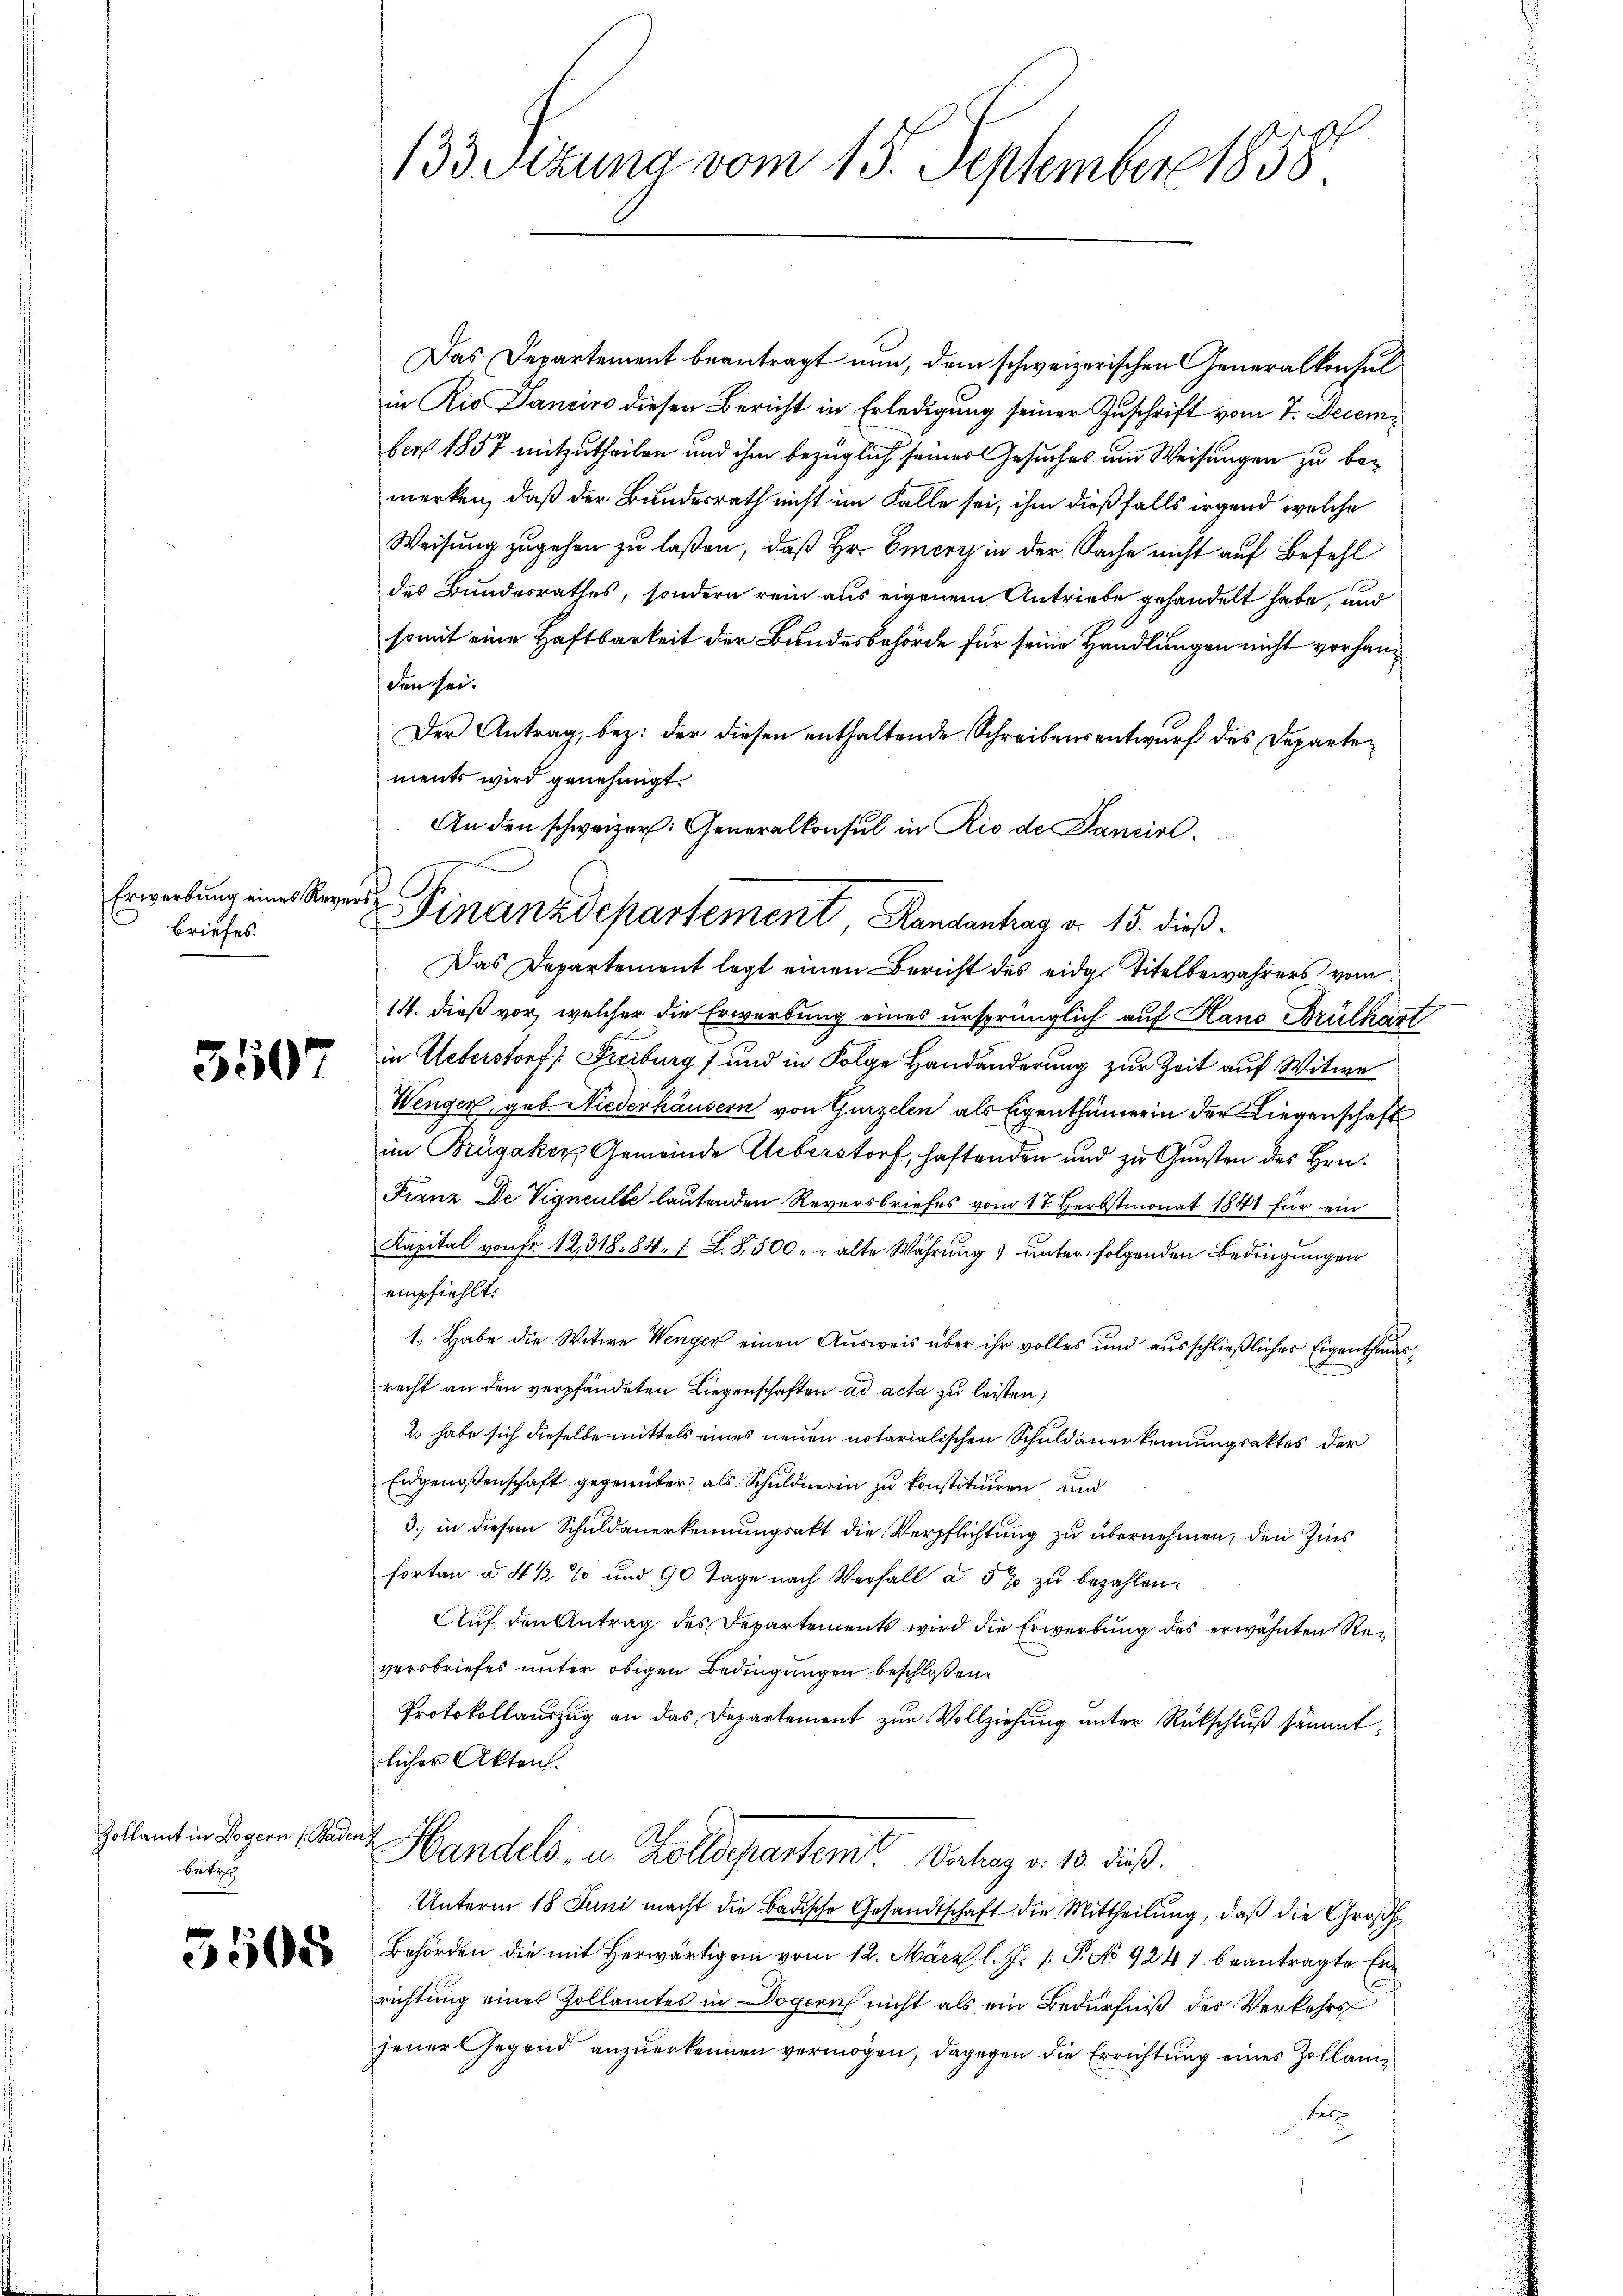
Erwerbung eines Rey
briefes.

5507

Zollamt in Legern Baden
betr.

5508

133. Seizung vom 15. September 1858

An den schweizer: Generalkonsul in Rio de Sancirt.
G.
ersch
Finanzdepartement Randantag d. 15. dieß.

Das Departement beantragt nun, dem schweizerischen Generalkonsul
in Rio Pancire diesen Bericht in Erledigung seiner Zuschrift vom 7. December 1857 mitzutheilen und ihm bezüglich seiner Gesuches um Weisungen zu bemerken, daß der Bundesrath nicht im Falle sei, ihm dießfalls irgend welche
Weisung zugehen zu laßen, daß Hr. Emerz in der Sache nicht auf Befehl
des Bundesrathes, sondern rein aus eigenem Antriebe gehandelt habe, und
somit eine Haftbarkeit der Bundesbehörde für seine Handlungen nicht vorhanden sei.
Der Antrag, bez. der diesen enthaltende Schreibensentwurf des Departements wird genehmigt.
Das Departement legt einen Bericht des eidg. Titelbewahrers vom
14. dieß vor, welcher die Erwerbung eines ursprünglich auf Haus Brülkart
in Ueberstorf /: Freiburg) und in Folge Handänderung zur Zeit auf Witwe
Wenger, geb. Niederhäusern von Gurzelen als Eigenthümerin der Liegenschaft
im Brügaker Gemeinde Ueberstorf, haftenden und zu Gunsten des Hrn.
Franz De Vigneute lautenden Reversbriefes vom 17. Herbstmonat 1844 für ein
Kapital von Fr. 12318. 84. 1. L. S. 500. r alte Währung unter folgenden Bedingungen
empfiehlt.
1. Habe die Witwe Wenger einen Ausweis über ihr volles und ausschließlicher Eigenthumsrecht an den verpfändeten Liegenschaften ad acta zu leisten;
2. habe sich dieselbe mittels eines neuen notarialischen Schuldauerkennungsaktes der
Eidgenossenschaft gegenüber als Schuldnerin zu konstituiren, und
3.) in diesem Schuldanerkennungsakt die Verpflichtung zu übernehmen, den Zins
fortan à 4 1/2 % und 90 Tage nach Verfall à 5 % zu bezahlen.
Auf den Antrag des Departements wird die Erwerbung des erwähnten Reversbriefes unter obigen Bedingungen beschloßen,
Protokollauszug an das Departement zur Vollziehung unter Rückschluß sämmtlicher Akten.
Handels- u. Zolldepartemt. Dachung v. 13. dieß.
Unterm 18. Juni macht die Badische Gesandtschaft die Mittheilung, daß die Großh
Behörden die mit Herwärtigen vom 12. März l. J. /: P. No 9241 beantragte Errichtung eines Zollamtes in Dogerich nicht als ein Bedürfniß des Verkehrsjener Gegend anzuerkennen vermögen, dagegen die Errichtung eines Zollan¬
Fer